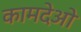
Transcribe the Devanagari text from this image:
कामदेओ